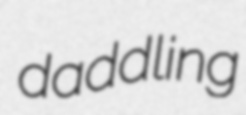
daddling